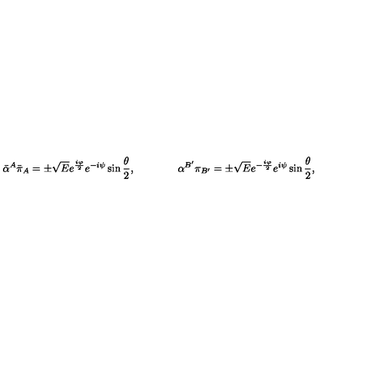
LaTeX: { \bar { \alpha } } ^ { A } { \bar { \pi } } _ { A } = \pm { \sqrt E } e ^ { { \frac { i \varphi } { 2 } } } e ^ { - i \psi } \sin { \frac { \theta } { 2 } } , \qquad \qquad \alpha ^ { B ^ { \prime } } \pi _ { B ^ { \prime } } = \pm { \sqrt E } e ^ { - { \frac { i \varphi } { 2 } } } e ^ { i \psi } \sin { \frac { \theta } { 2 } } ,